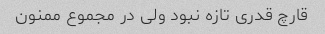
قارچ قدری تازه نبود ولی در مجموع ممنون